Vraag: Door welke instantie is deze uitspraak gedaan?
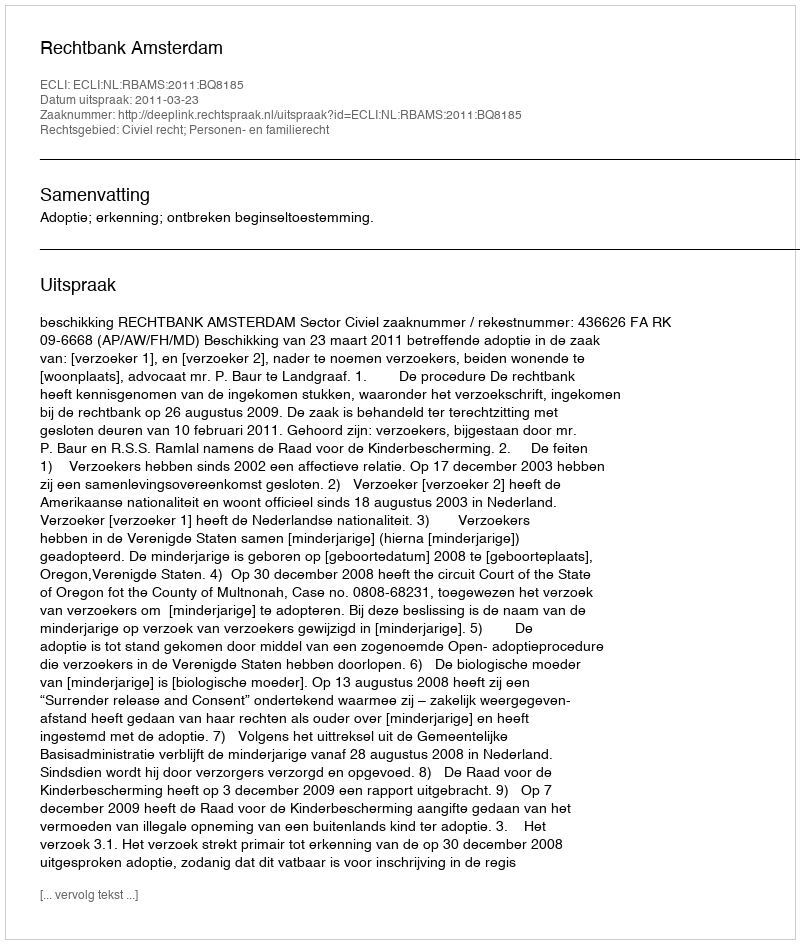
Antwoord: Rechtbank Amsterdam